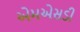
એમએસડી